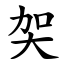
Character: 㚙